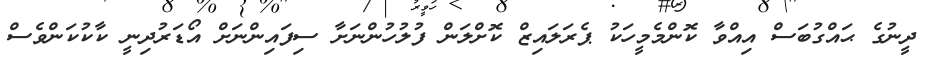
ދީނުގެ ޙައްގުބަސް އިއްވާ ކޮންމެމީހަކު ޕެރަލައިޒް ކޮށްލަން ފުލުހުންނަށާ ސިފައިންނަށް އޯޑަރުދިނީ ކާކުކަންވެސް